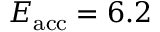
E _ { \mathrm { a c c } } = 6 . 2